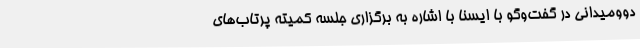
دوومیدانی در گفت‌وگو با ایسنا با اشاره به برگزاری جلسه کمیته پرتاب‌های